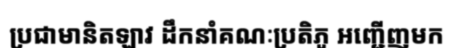
ប្រជាមានិតឡាវ ដឹកនាំគណៈប្រតិភូ អញ្ជើញមក